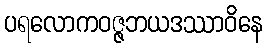
ပရလောကဝဇ္ဇဘယဒဿာဝိနေ